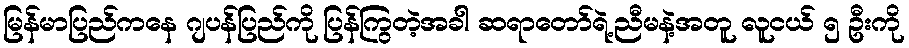
မြန်မာပြည်ကနေ ဂျပန်ပြည်ကို ပြန်ကြွတဲ့အခါ ဆရာတော်ရဲ့ညီမနဲ့အတူ လူငယ် ၅ ဦးကို